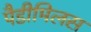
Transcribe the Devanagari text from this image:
पैडीमिलस